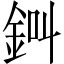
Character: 𨦀